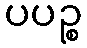
ပပဉ္စ